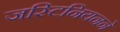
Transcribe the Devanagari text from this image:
जस्टिनियनने